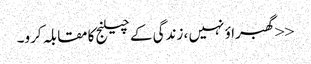
<<گھبراؤ نہیں ، زندگی کے چیلنج کا مقابلہ کرو۔